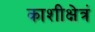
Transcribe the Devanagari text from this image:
काशीक्षेत्रं